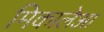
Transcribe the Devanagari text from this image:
मिकालेआ